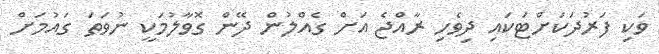
ވަކި ފަރުދަކަށްޓަަކައި ދިވެހި ރާއްޖެ އަށް ގެއްލުން ދޭން ގޮވާލުމަކީ ނުވަތަ ގައުމަށް